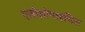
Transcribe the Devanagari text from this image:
एज़ीथ्रोमाइसिल